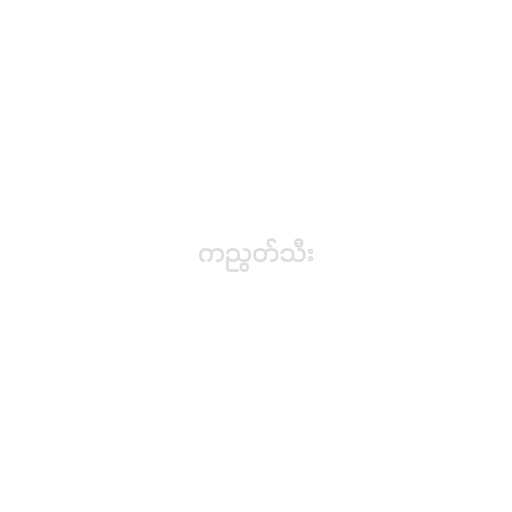
ကညွတ်သီး